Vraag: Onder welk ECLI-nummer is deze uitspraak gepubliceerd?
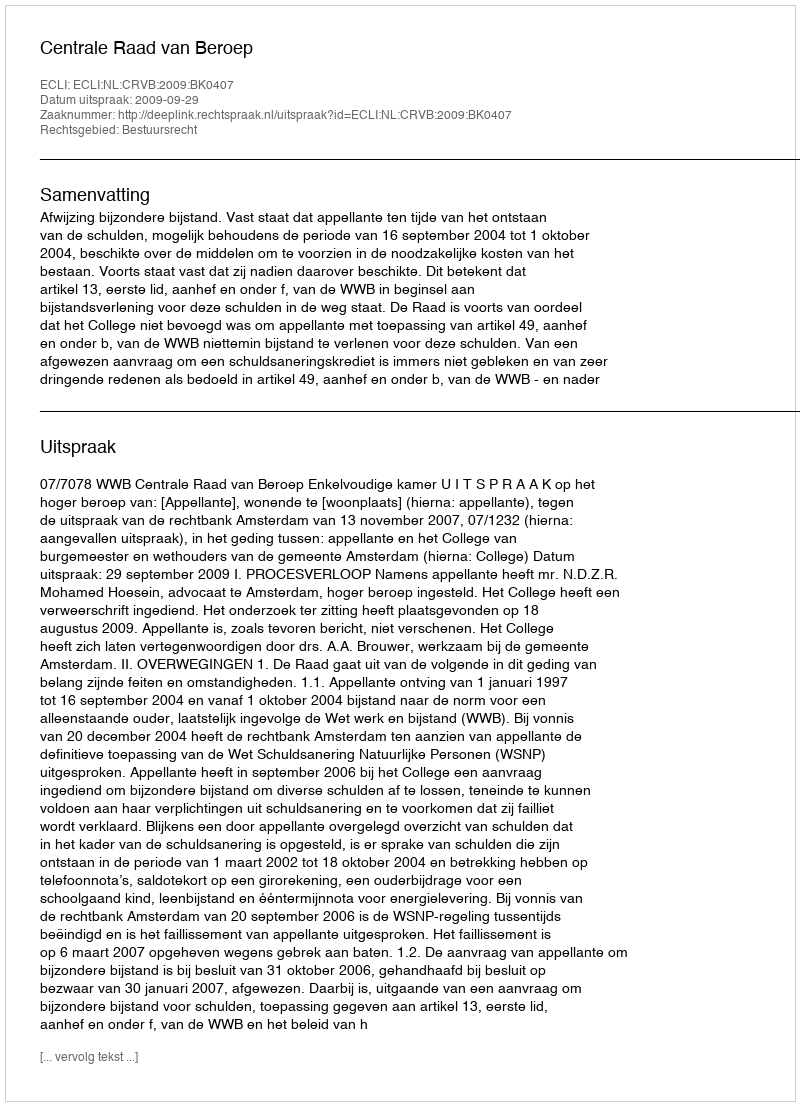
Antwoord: ECLI:NL:CRVB:2009:BK0407